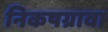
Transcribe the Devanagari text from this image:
निकषग्रावा